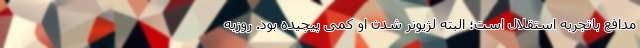
مدافع باتجربه استقلال است؛ البته لژیونر شدن او کمی پیچیده بود. روزبه